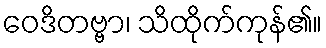
ဝေဒိတဗ္ဗာ၊ သိထိုက်ကုန်၏။